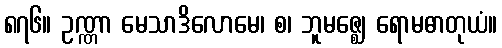
၈၇၆။ ဥဏ္ဏာ မေသာဒိလောမေ၊ စ၊ ဘူမဇ္ဈေ ရောမဓာတုယံ။